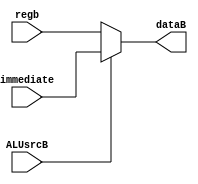
`timescale 1ns / 1ps
//////////////////////////////////////////////////////////////////////////////////
// Company: 
// Engineer: 
// 
// Design Name: 
// Module Name: ALU_dataB
// Project Name: 
// Target Devices: 
// Tool Versions: 
// Description: 
// 
// Dependencies: 
// 
// Revision:
// Revision 0.01 - File Created
// Additional Comments:
// 
//////////////////////////////////////////////////////////////////////////////////


module ALU_dataB(input ALUsrcB, input [31:0] regb, input [31:0] immediate, output [31:0]dataB);
    assign dataB = ALUsrcB ? immediate : regb;//ALUsrcB1dataA32ALUsrcB0dataBregb
endmodule